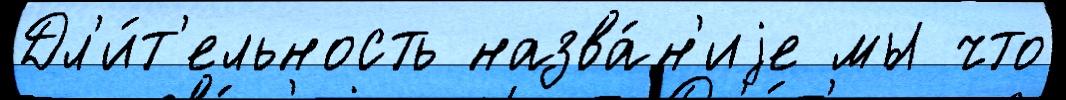
Дл'и́т'ельность назва́н'иjе мы что